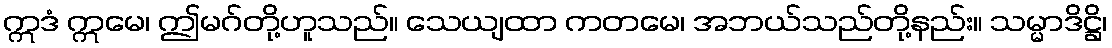
ဣဒံ ဣမေ၊ ဤမဂ်တို့ဟူသည်။ သေယျထာ ကတမေ၊ အဘယ်သည်တို့နည်း။ သမ္မာဒိဋ္ဌိ၊